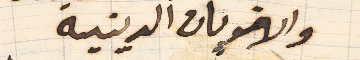
والاخويات الدينية